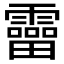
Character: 𩆞